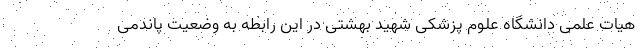
هیات علمی دانشگاه علوم پزشکی شهید بهشتی در این رابطه به وضعیت پاندمی